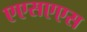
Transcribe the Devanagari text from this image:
एएसएएस